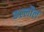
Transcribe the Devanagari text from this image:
कल्लौल